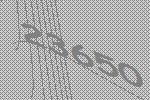
23650